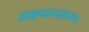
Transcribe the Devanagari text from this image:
अखण्डमण्डलाकार